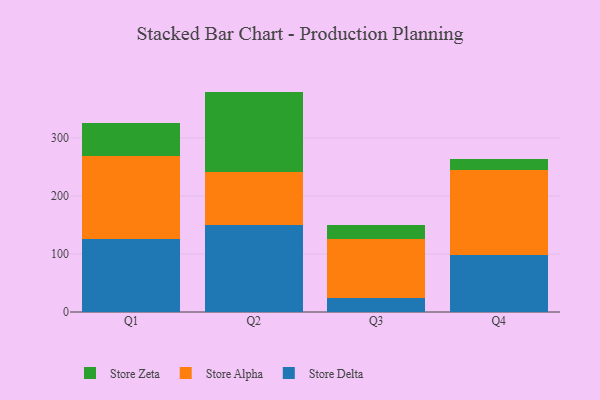
{"axis": {"x": "Quarter", "y": "Shipments"}, "legend": ["Store Alpha", "Store Delta", "Store Zeta"], "data": [{"x": "Q1", "y": 125.5, "type": "Store Delta"}, {"x": "Q1", "y": 142.6, "type": "Store Alpha"}, {"x": "Q1", "y": 57.6, "type": "Store Zeta"}, {"x": "Q2", "y": 149.7, "type": "Store Delta"}, {"x": "Q2", "y": 90.7, "type": "Store Alpha"}, {"x": "Q2", "y": 139.3, "type": "Store Zeta"}, {"x": "Q3", "y": 24.3, "type": "Store Delta"}, {"x": "Q3", "y": 101.6, "type": "Store Alpha"}, {"x": "Q3", "y": 23.3, "type": "Store Zeta"}, {"x": "Q4", "y": 98.2, "type": "Store Delta"}, {"x": "Q4", "y": 146.8, "type": "Store Alpha"}, {"x": "Q4", "y": 19.2, "type": "Store Zeta"}]}